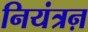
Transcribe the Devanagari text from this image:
नियंत्रऩ